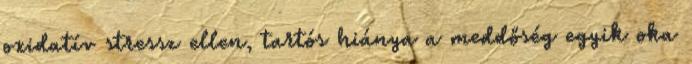
oxidatív stressz ellen, tartós hiánya a meddőség egyik oka